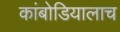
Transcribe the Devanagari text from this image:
कांबोडियालाच